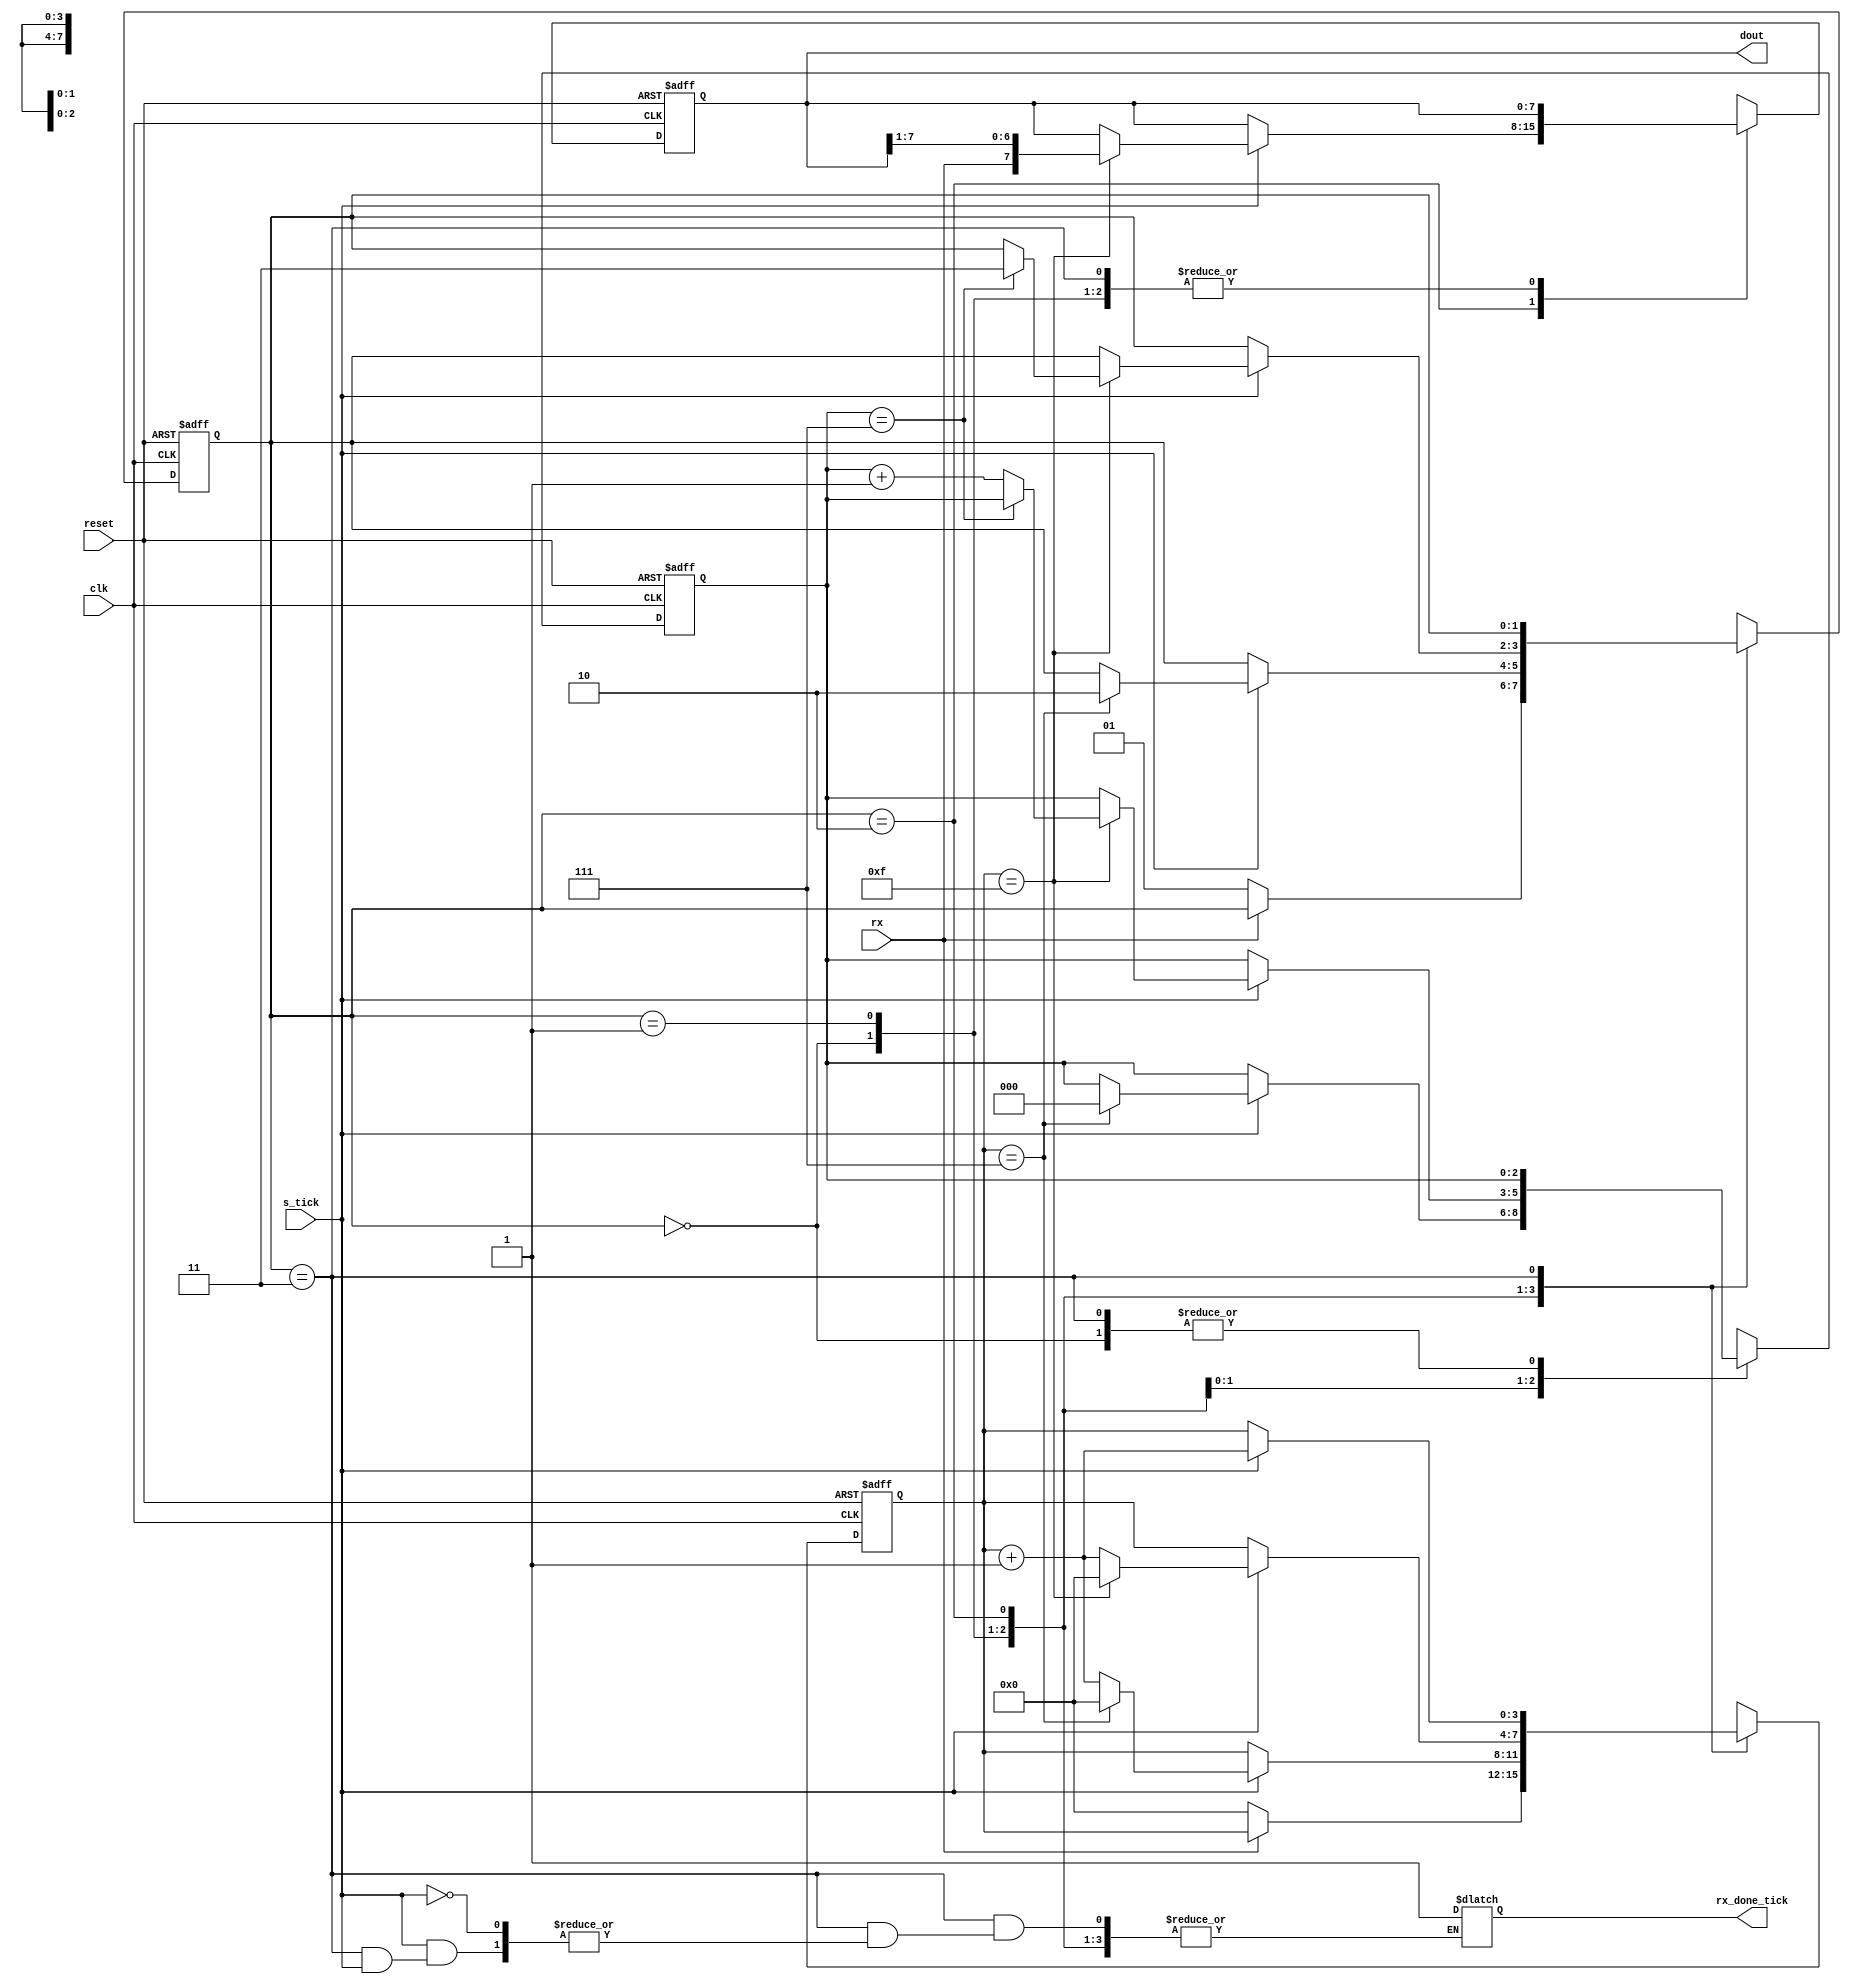
//========================================
// UART Receiver
// Oversampling frequency = 16 * baud_rate
//========================================

module uart_rx 
#(
    parameter D_BIT = 8,        // number of data bits
              SB_TICK = 16     // number of ticks for stop bits (SB_TICK / 16)
 )
// IO ports
(
    input wire clk, reset,
    input wire rx, s_tick,
    output reg rx_done_tick,
    output wire [D_BIT-1:0] dout
); 

// symbolic state representation
localparam  [1:0]
            IDLE  = 2'b00,
            START = 2'b01,
            DATA  = 2'b10,
            STOP  = 2'b11;

// internal signal declaration
reg [1:0] state_reg, state_next;
reg [3:0] s_reg, s_next;            // log base 2 (16)
reg [2:0] n_reg, n_next;            // log base 2 (D_BIT)
reg [7:0] b_reg, b_next;            // D_BIT

// body
// FSMD state and data registers
always @(posedge clk, posedge reset) 
begin
    if(reset)
        begin
            state_reg <= IDLE;
            s_reg <= 0;
            n_reg <= 0;
            b_reg <= 0;
        end 
    else
        begin
            state_reg <= state_next;
            s_reg <= s_next;
            n_reg <= n_next;
            b_reg <= b_next;
        end
end

// FSMD next-state logic
always @*
begin
    // default values
    state_next = state_reg;
    s_next = s_reg;
    n_next = n_reg;
    b_next = b_reg;

    case (state_reg)

        IDLE:
            if(rx == 0)
                begin
                    s_next = 0;
                    state_next = START; 
                end
        
        START:
            if(s_tick)
                begin
                    if(s_reg == 7)
                        begin
                            s_next = 0;
                            n_next = 0;
                            state_next = DATA;
                        end
                    else
                        s_next = s_reg + 1;
                end

        DATA:
            if(s_tick)
                begin
                    if(s_reg == 15)
                        begin
                            s_next = 0;
                            b_next = {rx, b_reg[7:1]};
                            if(n_reg == (D_BIT -1))
                                state_next = STOP;
                            else
                                n_next = n_reg + 1;
                        end
                    else
                        s_next = s_reg + 1;
                end
        
        STOP:
            if(s_tick)
                begin
                    if(s_tick == (SB_TICK-1))
                        begin
                           rx_done_tick = 1'b1;
                           state_next = IDLE; 
                        end
                    else
                        s_next = s_reg + 1;
                end
        
        default: state_next = IDLE;

    endcase
end

// output logic
assign dout = b_reg;

endmodule